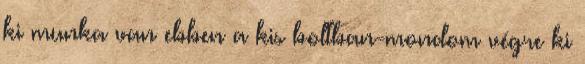
ki munka van ebben a kis boltban-mondom végre ki